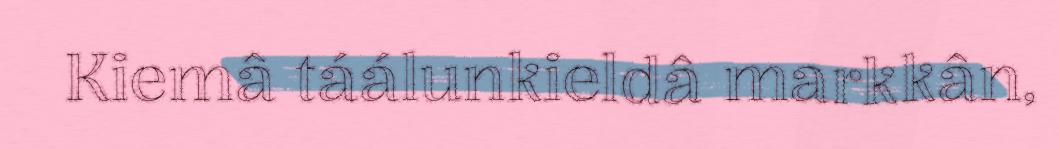
Kiemâ táálunkieldâ markkân,